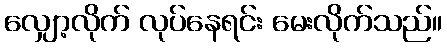
လျှော့လိုက် လုပ်နေရင်း မေးလိုက်သည်။